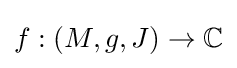
f:(M,g,J)\to \mathbb {C}